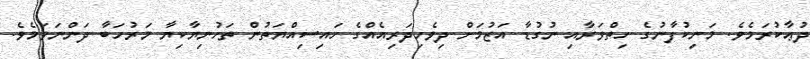
ދުޢާކުރަމެވެ. މަނިކުފާނުގެ ހިތްވަރާއި ނުގުޑާ އަޒުމަށް ދިވެހިދަރިއެއްގެ ހައިސިއްޔަތުން ތަހުނިޔާކިޔާ މަރުހަބާ ދަންނަވަމެވެ.